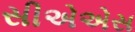
સીએએસ